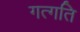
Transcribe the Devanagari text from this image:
गत्गति